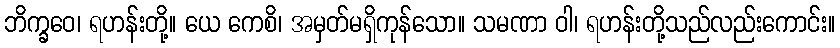
ဘိက္ခဝေ၊ ရဟန်းတို့။ ယေ ကေစိ၊ အမှတ်မရှိကုန်သော။ သမဏာ ဝါ၊ ရဟန်းတို့သည်လည်းကောင်း။